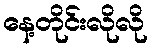
နေ့တိုင်းလိုလို